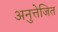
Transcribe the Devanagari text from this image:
अनुत्तेजित